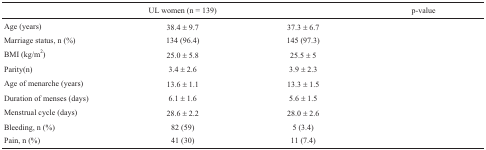
<table><thead><tr><td>[EMPTY_CELL]</td><td><b>UL women (n = 139)</b></td><td>[EMPTY_CELL]</td><td><b>p-value</b></td></tr></thead><tbody><tr><td>Age (years)</td><td>38.4 ± 9.7</td><td>37.3 ± 6.7</td><td>[EMPTY_CELL]</td></tr><tr><td>Marriage status, n (%)</td><td>134 (96.4)</td><td>145 (97.3)</td><td>[EMPTY_CELL]</td></tr><tr><td>BMI (kg/m<sup>2</sup>)</td><td>25.0 ± 5.8</td><td>25.5 ± 5</td><td>[EMPTY_CELL]</td></tr><tr><td>Parity(n)</td><td>3.4 ± 2.6</td><td>3.9 ± 2.3</td><td>[EMPTY_CELL]</td></tr><tr><td>Age of menarche (years)</td><td>13.6 ± 1.1</td><td>13.3 ± 1.5</td><td>[EMPTY_CELL]</td></tr><tr><td>Duration of menses (days)</td><td>6.1 ± 1.6</td><td>5.6 ± 1.5</td><td>[EMPTY_CELL]</td></tr><tr><td>Menstrual cycle (days)</td><td>28.6 ± 2.2</td><td>28.0 ± 2.6</td><td>[EMPTY_CELL]</td></tr><tr><td>Bleeding, n (%)</td><td>82 (59)</td><td>5 (3.4)</td><td>[EMPTY_CELL]</td></tr><tr><td>Pain, n (%)</td><td>41 (30)</td><td>11 (7.4)</td><td>[EMPTY_CELL]</td></tr></tbody></table>